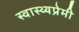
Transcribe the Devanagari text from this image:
स्वास्थ्यप्रेमी